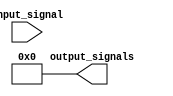
module Decoder(
    input [3:0] input_signal,
    output[7:0] output_signals
);

assign output_signals = 8'b0;

always @(*)
begin
    case(input_signal)
        4'b0000: output_signals = 8'b00000001;
        4'b0001: output_signals = 8'b00000010;
        4'b0010: output_signals = 8'b00000100;
        4'b0011: output_signals = 8'b00001000;
        4'b0100: output_signals = 8'b00010000;
        4'b0101: output_signals = 8'b00100000;
        4'b0110: output_signals = 8'b01000000;
        4'b0111: output_signals = 8'b10000000;
    endcase
end

endmodule